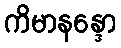
ကိမာနန္ဒော